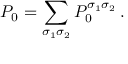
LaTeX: P _ { 0 } = \sum _ { \sigma _ { 1 } \sigma _ { 2 } } P _ { 0 } ^ { \sigma _ { 1 } \sigma _ { 2 } } \, .